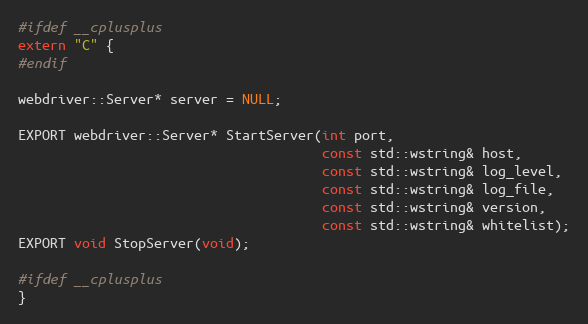
Language: C
#ifdef __cplusplus
extern "C" {
#endif

webdriver::Server* server = NULL;

EXPORT webdriver::Server* StartServer(int port,
                                      const std::wstring& host,
                                      const std::wstring& log_level,
                                      const std::wstring& log_file,
                                      const std::wstring& version,
                                      const std::wstring& whitelist);
EXPORT void StopServer(void);

#ifdef __cplusplus
}